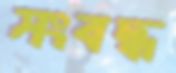
সংবদ্ধ